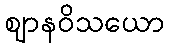
ဈာနဝိသယော